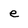
Character: e